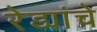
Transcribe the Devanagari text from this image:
रेड्यांचे